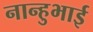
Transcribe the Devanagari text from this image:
नान्हुभाई